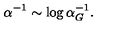
\alpha ^ { - 1 } \sim \log \alpha _ { G } ^ { - 1 } .